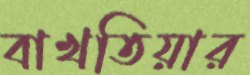
বাখতিয়ার